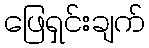
ဖြေရှင်းချက်